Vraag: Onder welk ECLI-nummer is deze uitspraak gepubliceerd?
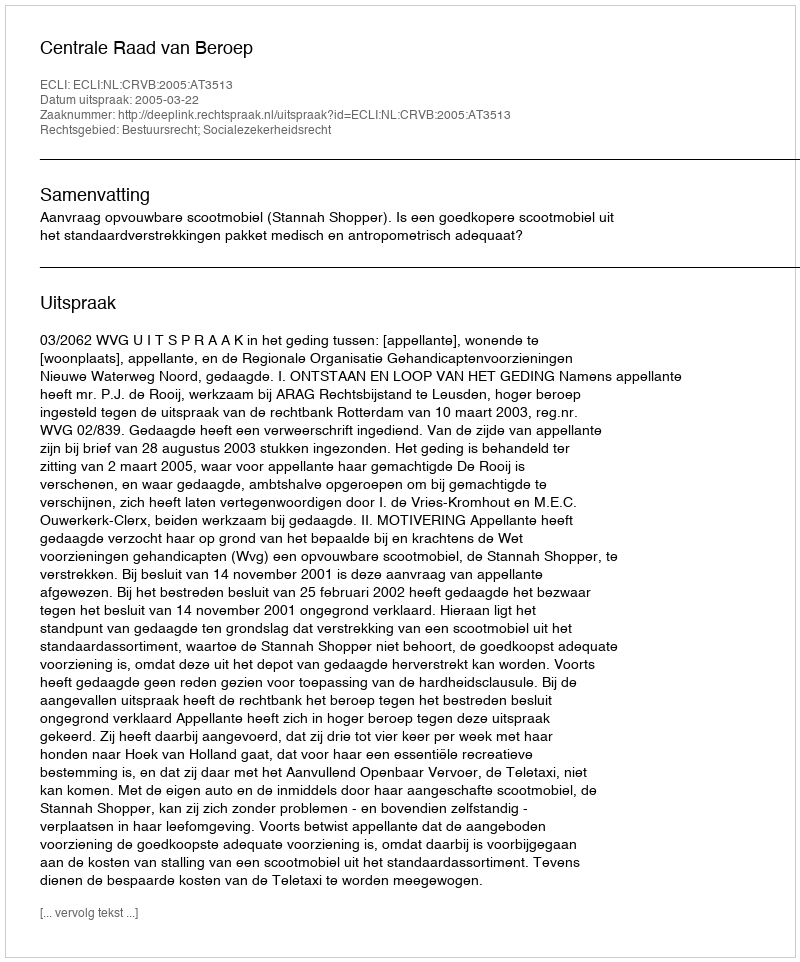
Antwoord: ECLI:NL:CRVB:2005:AT3513